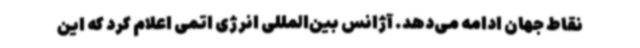
نقاط جهان ادامه می‌دهد. آژانس بین‌المللی انرژی اتمی اعلام کرد که این